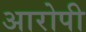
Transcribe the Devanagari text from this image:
अारोपी